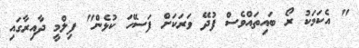
" އެކަމަކު ރޯ ބައިތައްވެސް ފުދޭ ވަރަކަށް ފަސޭހަ ކުޅެން" ފިލްމީ ދާއިރާގައި